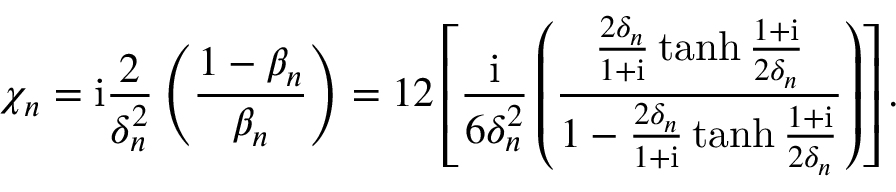
\chi _ { n } = \mathrm { i } \frac { 2 } { \delta _ { n } ^ { 2 } } \left( \frac { 1 - \beta _ { n } } { \beta _ { n } } \right) = 1 2 \left[ \frac { \mathrm { i } } { 6 \delta _ { n } ^ { 2 } } \left( \frac { \frac { 2 \delta _ { n } } { 1 + \mathrm { i } } \operatorname { t a n h } { \frac { 1 + \mathrm { i } } { 2 \delta _ { n } } } } { 1 - \frac { 2 \delta _ { n } } { 1 + \mathrm { i } } \operatorname { t a n h } { \frac { 1 + \mathrm { i } } { 2 \delta _ { n } } } } \right) \right] .